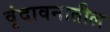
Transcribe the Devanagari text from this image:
वृंदावनातील